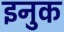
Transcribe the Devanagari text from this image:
इनुक